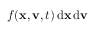
f ( \mathbf { x } , \mathbf { v } , t ) \, { \mathrm { d } } \mathbf { x } \, { \mathrm { d } } \mathbf { v }